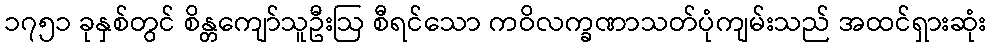
၁၇၅၁ ခုနှစ်တွင် စိန္တကျော်သူဦးဩ စီရင်သော ကဝိလက္ခဏာသတ်ပုံကျမ်းသည် အထင်ရှားဆုံး